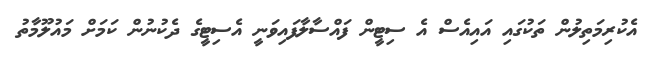
އެކުރިމަތިލުން ތަކުގައި އައިއެސް އެ ސިޓީން ފައްސާލާފައިވަނީ އެސިޓީގެ ދެކުނުން ކަމަށް މައުލޫމާތު